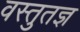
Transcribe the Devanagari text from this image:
वस्तुतज्ञ